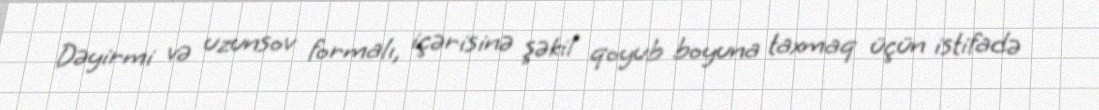
Dəyirmi və uzunsov formalı, içərisinə şəkil qoyub boyuna taxmaq üçün istifadə